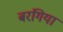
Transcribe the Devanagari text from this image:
बरंगिया